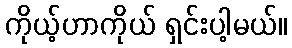
ကိုယ့်ဟာကိုယ် ရှင်းပါ့မယ်။